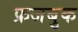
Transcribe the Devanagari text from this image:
फ्रजबुक